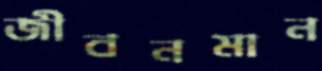
জীবনমান